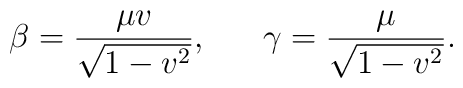
\beta =\frac{\mu v}{\sqrt{1-v^2}},~~~~~ \gamma =\frac{\mu}{\sqrt{1-v^2}}.